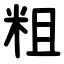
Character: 粗